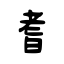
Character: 耆